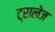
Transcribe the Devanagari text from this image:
ट्रालेज